Code of medical and sanitary regulations for the guidance of medical officers serving in the Madras Presidency - Volume I
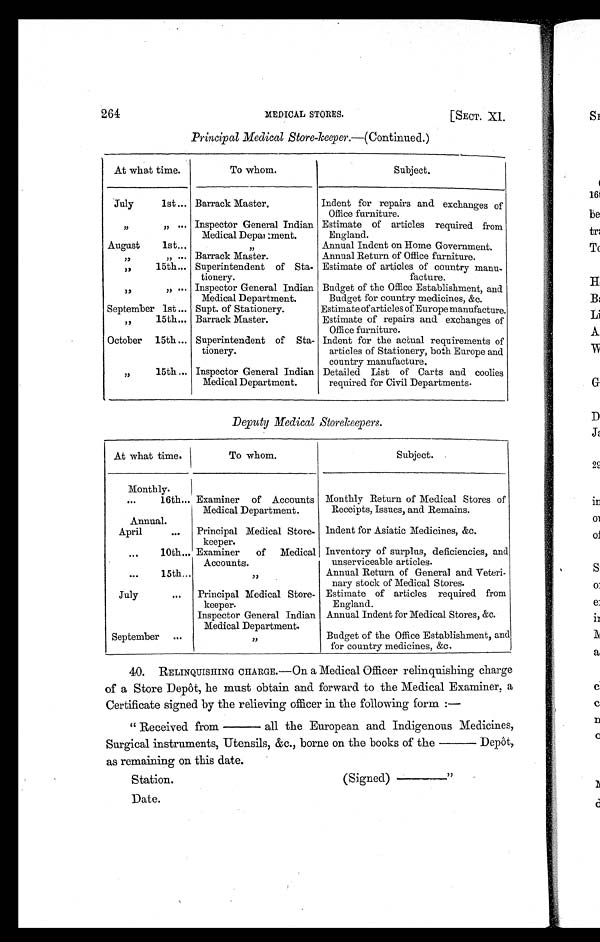
264 MEDICAL STORES. [SECT. XI.
Principal Medical Store-keeper. —(Continued.)
At what time.
To whom.
Subject.
July
1st... Barrack Master.
Indent for repairs and exchanges of
Office furniture.
„ „ ... Inspector General Indian
Medical Department.
Estimate of articles required from
England.
August 1st...
,,
Annual Indent on Home Government.
„ „ ... Barrack Master.
Annual Return of Office furniture.
„
15th... Superintendent of Sta-
tionery.
Estimate of articles of country manu.
facture.
„ „ ... Inspector General Indian
Medical Department.
Budget of the Office Establishment, and
Budget for country medicines, &c.
September 1st ... Supt. of Stationery.
Estimate of articles of Europe manufacture.
„
15th... Barrack Master.
Estimate of repairs and exchanges of
Office furniture.
October 15th ... Superintendent of Sta-
tionery.
Indent for the actual requirements of
articles of Stationery, both Europe and
country manufacture.
„
15th ... Inspector General Indian
Medical Department.
Detailed List of Carts and coolies
required for Civil Departments.
Deputy Medical Storekeepers.
At what time.
To whom.
Subject.
Monthly.
... 16th... Examiner of Accounts
Medical Department.
Monthly Return of Medical Stores of
Receipts, Issues, and Remains.
Annual.
April ... Principal Medical Store-
keeper.
Indent for Asiatic Medicines, &c.
... 10th... Examiner of Medical
Accounts.
Inventory of surplus, deficiencies, and
unserviceable articles.
... 15th...
„
Annual Return of General and Veteri-
nary stock of Medical Stores.
July ... Principal Medical Store-
keeper.
Estimate of articles required from
England.
Inspector General Indian
Medical Department.
Annual Indent for Medical Stores, &c.
September ...
„
Budget of the Office Establishment, and
for country medicines, &c.
40. RELINQUISHING CHARGE.—On a Medical Officer relinquishing charge
of a Store Depôt, he must obtain and forward to the Medical Examiner, a
Certificate signed by the relieving officer in the following form :—
" Received from — all the European and Indigenous Medicines,
Surgical instruments, Utensils, &c., borne on the books of the — Depôt,
as remaining on this date.
Station.
(Signed) —"
Date.